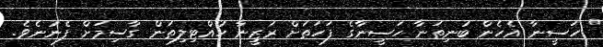
" ހަސީނާ އެހެން ބުނިތަނާ ހަސީނާގެ ފަހަތަށް ރަޒީނާ ހުއްޓިލިތަން ގާސިމަށް ފެނުނެވެ.